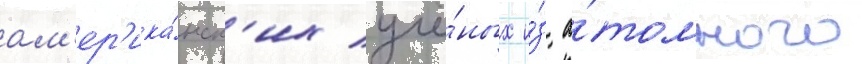
ам'ер'ика́нск'их учё́ных и́з а́томного